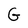
Character: G